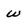
Character: w